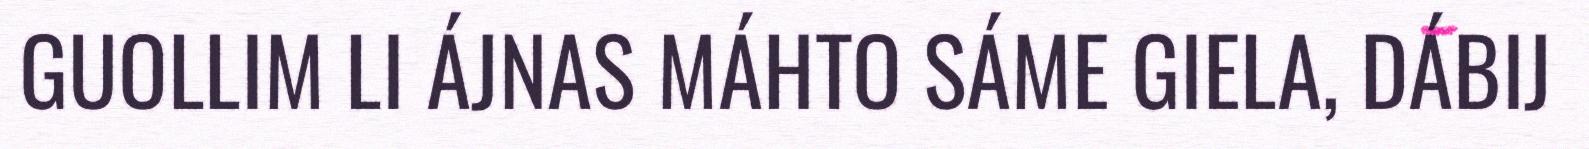
GUOLLIM LI ÁJNAS MÁHTO SÁME GIELA, DÁBIJ